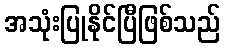
အသုံးပြုနိုင်ပြီဖြစ်သည်